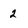
Character: 2